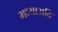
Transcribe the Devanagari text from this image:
मध्याअदि